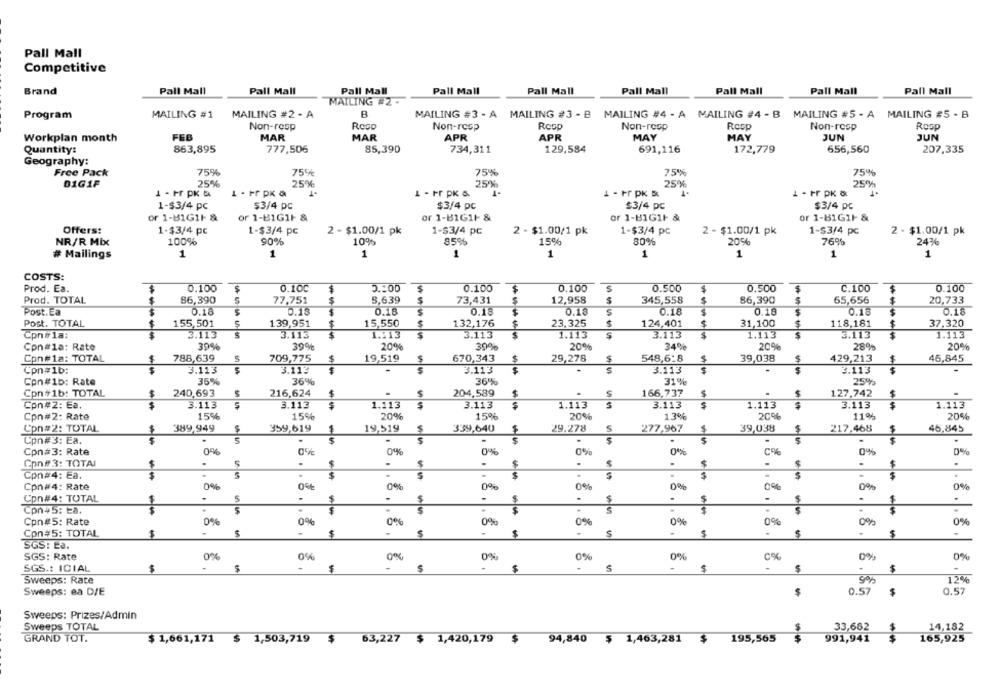
Pall Mall
Competitive
Pall Mall
Pall Mall
Pall Mall
Pall Mall
Pall Mall
Pall Mall
Brand
Pall Mall
Pall Mall
Pall Mall
MAILING #2 -
Program
MAILING #1
MAILING #2 - A
MAILING #3 - A MAILING #3 - B MAILING #4 - A MAILING #4 - B MAILING #5 - A MAILING #5 - B
Non-resp
Non-resp
Roop
Non-resp
Resp
Non-resp
Rosp
Workplan month
FEB
MAR
MAR
APR
APR
MAY
MAY
JUN
JUN
Quantity:
863,895
777,506
85,390
734,311
129,584
691,116
172,779
656,560
207,335
Geography:
Free Pack
75%
75%
75%
75%
75%
01G1F
25%
25%
25%
25%
25%
1 - Fr PK &
1 - Fr pK &
1 - Fr PK &
1 - Fr pK &
1 - Fr pK &
1-$3/4 pc
$3/4 pc
$3/4 pc
$3/4 pc
$3/4 pc
or 1-81GIF &
or 1-B1G1F &
or 1-B1G1F &
or 1-B1G1l &
or 1-81G1F &
Offers:
1-$3/4 pc
1-$3/4 pc
2 - $1.00/1 pk
1-$3/4 pc
2 - $1.00/1 pk
1-$3/4 pc
2 - $1.00/1 pk
1-$3/4 pc
2 - $1.00/1 pk
NR/R Mix
100%
90%
10%
85%
15%
80%
20%
76%
24%
# Mailings
1
1
1
1
1
1
1
1
1
COSTS:
Prod. Ea.
0.100
$
0.10℃
5 .: 00
$
0.100
0.100
0.500
0.500
$
C.100
$
0.100
Prod. TOTAL
86,390
77,751
3,639
5
73,431
12,958
345,558
86,390
65,656
20,733
Post.Ea
0.10
0.18
0.10
0.15
0.10
5
0.18
0.10
0.18
0.18
Post. TOTAL
155,501
S
139,951
15,550
132,176
23,325
124,401
31,100
$
118,181
37,320
5
Con#1a:
-----
3.113
3.113
-----
1.213
$
3.113
1.113
3.113
1.113
$
3.113
1.113
39%
39%
20%
30%
20%
34%
20%
28%
Con#1a: Rate
20%
Con#1a: TOTAL
$
788,639
5
709,775
$
19,519
$
670,343
29,278
$
548,6-8
39,038
429,213
$
46,845
Cpn#1b:
3.113
3.113
3.113
3.113
3.113
Con#1b: Rate
35%
36%
36%
31%
25%
Con #1b: TOTAL
$
240,693
216,624
204,589
166,737
.
$
127,742
$
.
Con#2: Ea.
$
3.113
3.112
1.113
S
3.113
1.113
3.113
1.113
$
3.113
$
1.113
1,59%
15%
20%
15%
13%
2006
110%
Con#2: Rate
20%
20%
Con#2: TOTAL
$
389,949
$
959,619
19,519
339,640
$
29.278
277,967
39,038
$
217.468
46,845
Con#3: Ea.
.
.
.
0%
C%
Con#3: Rate
0%
0%
0%
0%
0%
0%
Con# 3: TOTAI
$
.
$
.
.
$
.
-
$
Cpn#4: Ea.
$
.
.
$
$
$
$
.
$
.
$
0%
0%
0%
0%
0%
0%
0%
Cpn#4: Rate
Con#4: TOTAL
.
S
.
$
-
$
.
$
.
$
.
$
.
$
.
.
$
Con 45: Ea.
.
.
$
.
$
.
$
S
$
.
$
Cpn#5: Rate
0%
0%
0%
0%
0%
0%
0%
0%
Con#5: TOTAL
.
$
.
5
-
$
$
$
$
SGS: La.
SGS: Rate
0%
0%
0%
0%
0%
0%
0%
0%
SGS .: ICIAL
$
$
-
5
$
5
$
-
$
-
Sweeps: Rate
5%
12%
Sweeps: ea D/E
0.57
$
0.57
Sweeps: Prizes/Admin
Sweeps TOTAL
33,662
14,182
GRAND TOT.
$ 1,661,171
$ 1,503,719
$
63,227 $ 1,420,179
$
94,840
$1,463,281
$
195,565
991,941
$
165,925